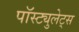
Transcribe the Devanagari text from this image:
पॉस्ट्युलेट्स